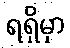
ရရှိမှာ